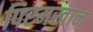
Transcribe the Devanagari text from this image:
पिरमखान